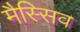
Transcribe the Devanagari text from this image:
मैस्सिव